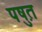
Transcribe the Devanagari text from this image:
पष़ुत